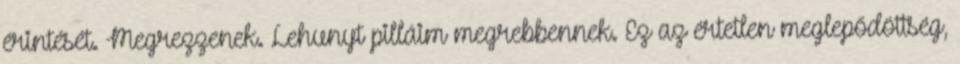
érintését. Megrezzenek. Lehunyt pilláim megrebbennek. Ez az értetlen meglepődöttség,